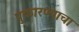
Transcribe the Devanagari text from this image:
पुकारण्याचा